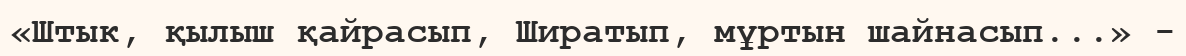
«Штык, қылыш қайрасып, Ширатып, мұртын шайнасып...» -